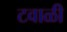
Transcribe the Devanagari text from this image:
टवाळी